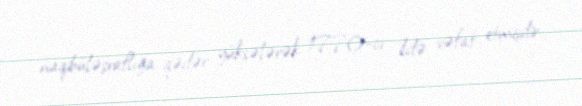
naqibüləşraflığa qədər yüksələrək 1770-ci ildə vəfat etmişdir.